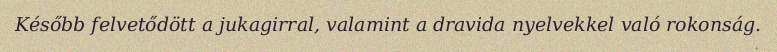
Később felvetődött a jukagirral, valamint a dravida nyelvekkel való rokonság.